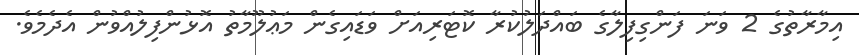
އިމާރާތުގެ 2 ވަނަ ފަންގިފިލާގެ ބައްދަލުކުރާ ކޮޓަރިއަށް ވަޑައިގެން މަޢުލޫމާތު އޮޅުންފިލުއްވުން އެދެމެވެ.